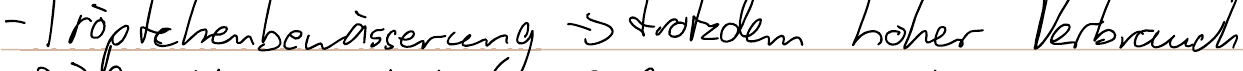
- Tröpfchenbewässerung -> trotzdem hoher Verbrauch